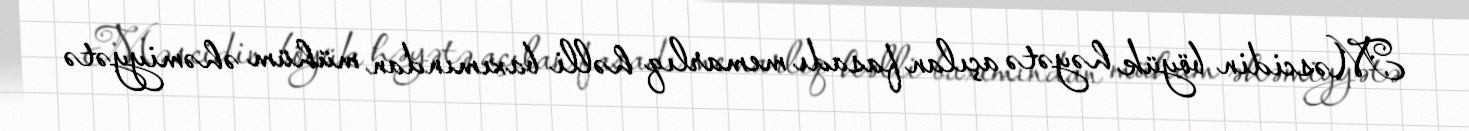
Məscidin böyük həyətə açılan fasadı memarlıq həlli baxımından mühüm əhəmiyyətə